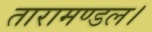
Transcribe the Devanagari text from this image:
तारामण्डल।